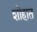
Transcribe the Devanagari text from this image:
शोहात